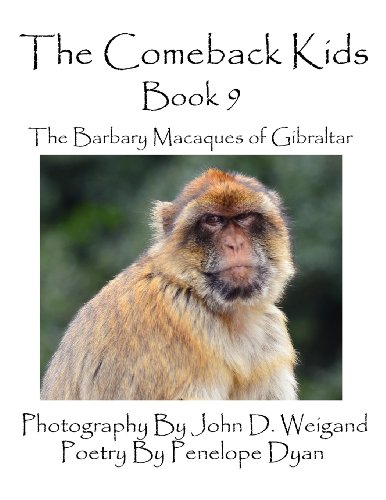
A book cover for The Comeback Kids -- Book 9 -- The Barbary Macaques of Gibraltar; Penelope Dyan; Children's Books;